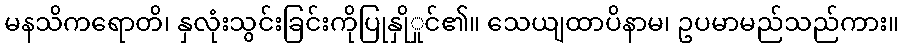
မနသိကရောတိ၊ နှလုံးသွင်းခြင်းကိုပြုနှိုှုင်၏။ သေယျထာပိနာမ၊ ဥပမာမည်သည်ကား။